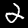
Digit: 2